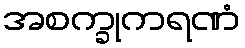
အစက္ခုကရဏံ